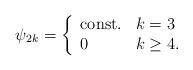
LaTeX: \begin{align*}\psi_{2k}=\left\{\begin{array}{ll}\mbox{const.} & k=3 \\0 & k\geq 4 . \end{array} \right.\end{align*}